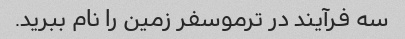
سه فرآیند در ترموسفر زمین را نام ببرید.